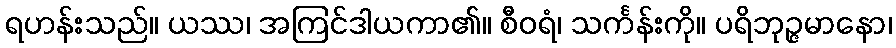
ရဟန်းသည်။ ယဿ၊ အကြင်ဒါယကာ၏။ စီဝရံ၊ သင်္ကန်းကို။ ပရိဘုဉ္ဇမာနော၊